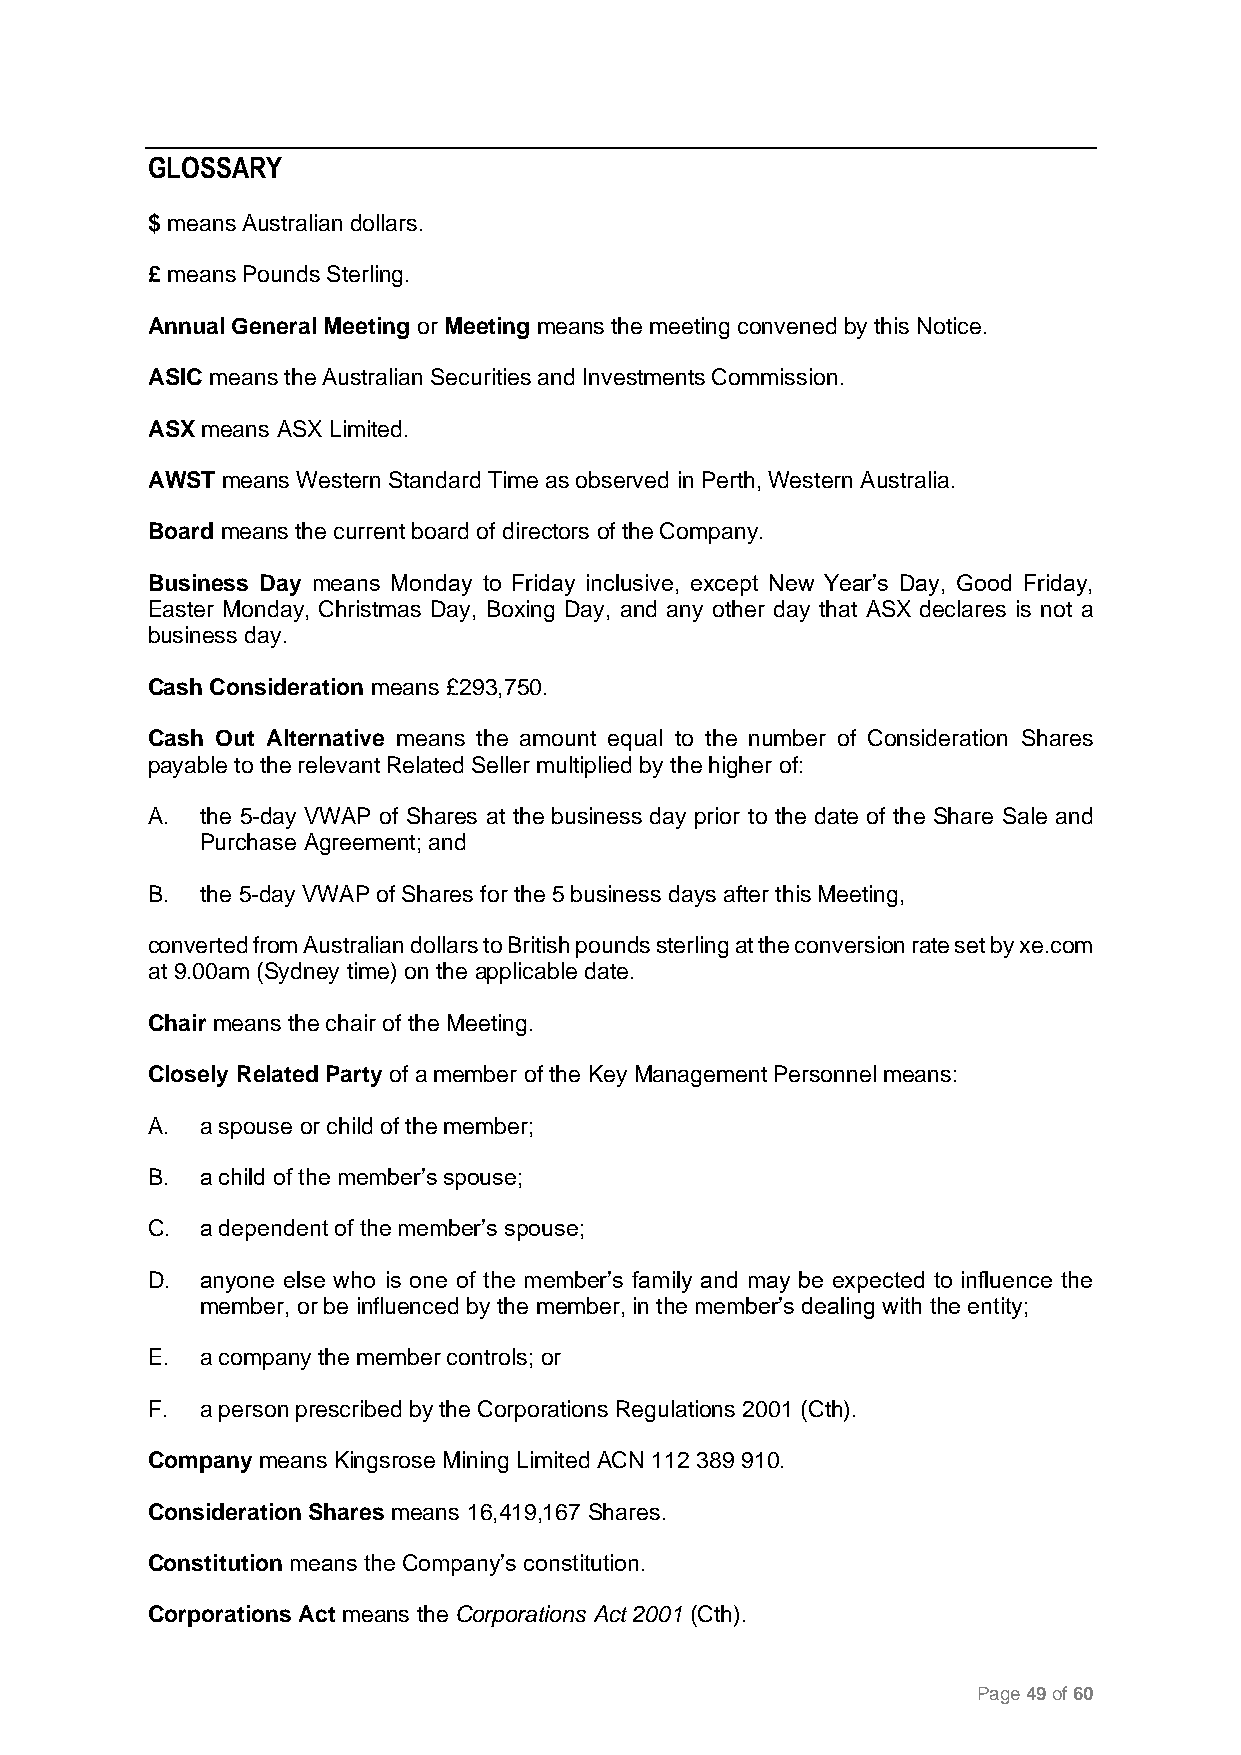
GLOSSARY
 $ means Australian dollars.
 £ means Pounds Sterling.
 Annual General Meeting or Meeting means the meeting convened by this Notice.
 ASIC means the Australian Securities and Investments Commission.
 ASX means ASX Limited.
 AWST means Western Standard Time as observed in Perth, Western Australia.
 Board means the current board of directors of the Company.
 Business Day means Monday to Friday inclusive, except New Year’s Day, Good Friday,
 Easter Monday, Christmas Day, Boxing Day, and any other day that ASX declares is not a
 business day.
 Cash Consideration means £293,750.
 Cash Out Alternative means the amount equal to the number of Consideration Shares
 payable to the relevant Related Seller multiplied by the higher of:
 A. the 5-day VWAP of Shares at the business day prior to the date of the Share Sale and
 Purchase Agreement; and
 B. the 5-day VWAP of Shares for the 5 business days after this Meeting,
 converted from Australian dollars to British pounds sterling at the conversion rate set by xe.com
 at 9.00am (Sydney time) on the applicable date.
 Chair means the chair of the Meeting.
 Closely Related Party of a member of the Key Management Personnel means:
 A. a spouse or child of the member;
 B. a child of the member’s spouse;
 C. a dependent of the member’s spouse;
 D. anyone else who is one of the member’s family and may be expected to influence the
 member, or be influenced by the member, in the member’s dealing with the entity;
 E. a company the member controls; or
 F. a person prescribed by the Corporations Regulations 2001 (Cth).
 Company means Kingsrose Mining Limited ACN 112 389 910.
 Consideration Shares means 16,419,167 Shares.
 Constitution means the Company’s constitution.
 Corporations Act means the Corporations Act 2001 (Cth).
 Page 49 of 60